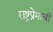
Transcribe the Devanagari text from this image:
राष्ट्रप्रेमाची